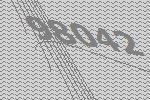
98042